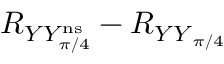
R _ { Y Y _ { \pi / 4 } ^ { \mathrm { n s } } } - R _ { { Y Y } _ { \pi / 4 } }